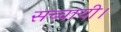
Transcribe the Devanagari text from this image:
सच्चायी।